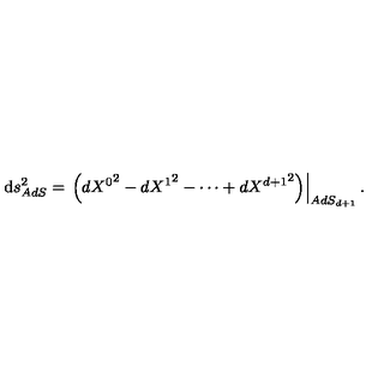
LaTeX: { \mathrm d } s _ { A d S } ^ { 2 } = \left. \left( d { { X } ^ { 0 } } ^ { 2 } - d { { X } ^ { 1 } } ^ { 2 } - \cdots + d { { X } ^ { d + 1 } } ^ { 2 } \right) \right| _ { A d S _ { d + 1 } } .